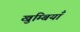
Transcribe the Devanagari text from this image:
खुम्बियाँ